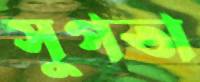
সুগতা